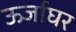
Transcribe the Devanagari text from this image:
ऊर्जाघर